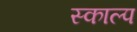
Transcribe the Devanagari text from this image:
स्काल्प